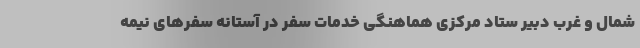
شمال و غرب دبیر ستاد مرکزی هماهنگی خدمات سفر در آستانه سفرهای نیمه